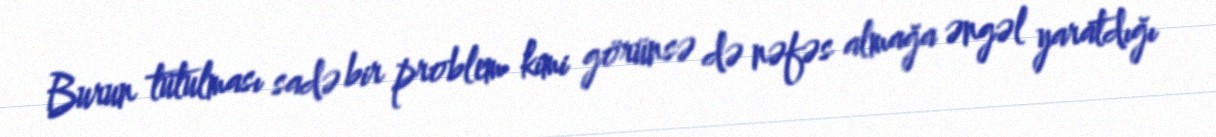
Burun tutulması sadə bir problem kimi görünsə də nəfəs almağa əngəl yaratdığı